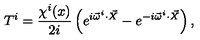
T ^ { i } = \frac { \chi ^ { i } ( x ) } { 2 i } \left( e ^ { i \vec { \omega } ^ { i } \cdot \vec { X } } - e ^ { - i \vec { \omega } ^ { i } \cdot \vec { X } } \right) ,